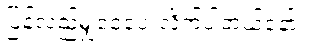
ပြန်လည်မျှဝေပေးလိုက်ပါတယ်နော်။